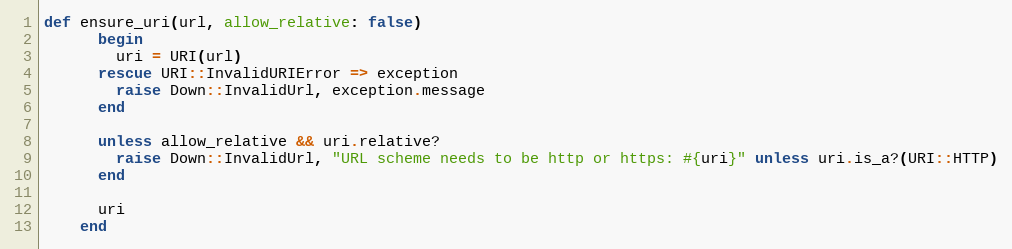
Language: Ruby
def ensure_uri(url, allow_relative: false)
      begin
        uri = URI(url)
      rescue URI::InvalidURIError => exception
        raise Down::InvalidUrl, exception.message
      end

      unless allow_relative && uri.relative?
        raise Down::InvalidUrl, "URL scheme needs to be http or https: #{uri}" unless uri.is_a?(URI::HTTP)
      end

      uri
    end